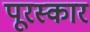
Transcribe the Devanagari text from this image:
पूरस्कार